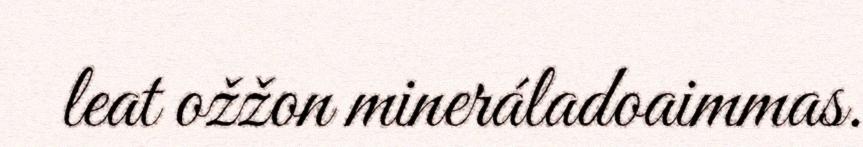
leat ožžon mineráladoaimmas.